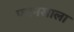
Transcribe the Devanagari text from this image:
पपनसाला